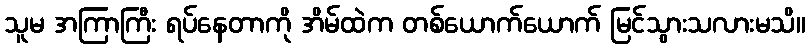
သူမ အကြာကြီး ရပ်နေတာကို အိမ်ထဲက တစ်ယောက်ယောက် မြင်သွားသလားမသိ။